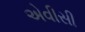
એવીસી